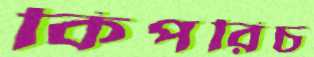
কিপরিচ